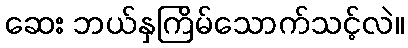
ဆေး ဘယ်နှကြိမ်သောက်သင့်လဲ။